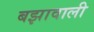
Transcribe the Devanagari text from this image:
बझावाली